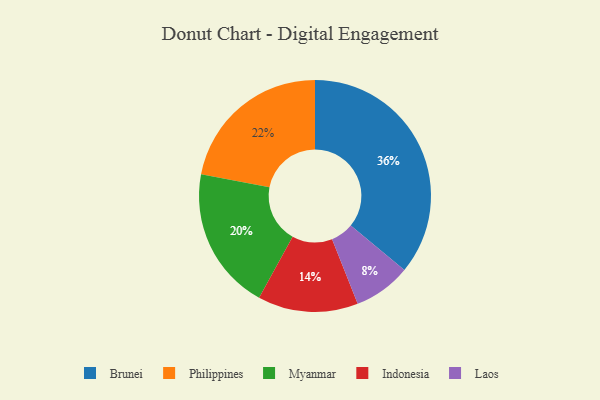
{"axis": {"x": "Category", "y": "Percentage"}, "legend": ["Brunei", "Indonesia", "Laos", "Myanmar", "Philippines"], "data": [{"x": "Brunei", "y": 36, "type": "Brunei"}, {"x": "Philippines", "y": 22, "type": "Philippines"}, {"x": "Laos", "y": 8, "type": "Laos"}, {"x": "Myanmar", "y": 20, "type": "Myanmar"}, {"x": "Indonesia", "y": 14, "type": "Indonesia"}]}